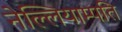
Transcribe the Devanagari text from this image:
नेल्लियाम्पति